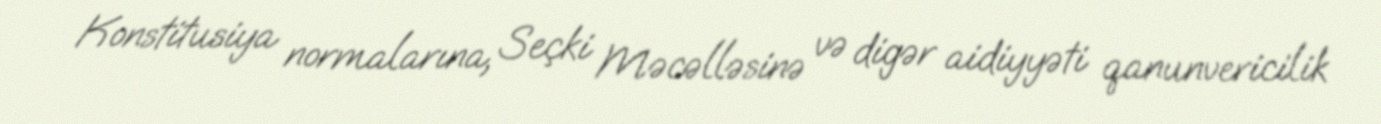
Konstitusiya normalarına, Seçki Məcəlləsinə və digər aidiyyəti qanunvericilik